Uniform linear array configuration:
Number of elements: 24
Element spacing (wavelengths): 0.5
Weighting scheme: hamming
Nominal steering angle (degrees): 0
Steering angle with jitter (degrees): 0.5898
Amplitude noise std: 0.05
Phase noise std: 0.05

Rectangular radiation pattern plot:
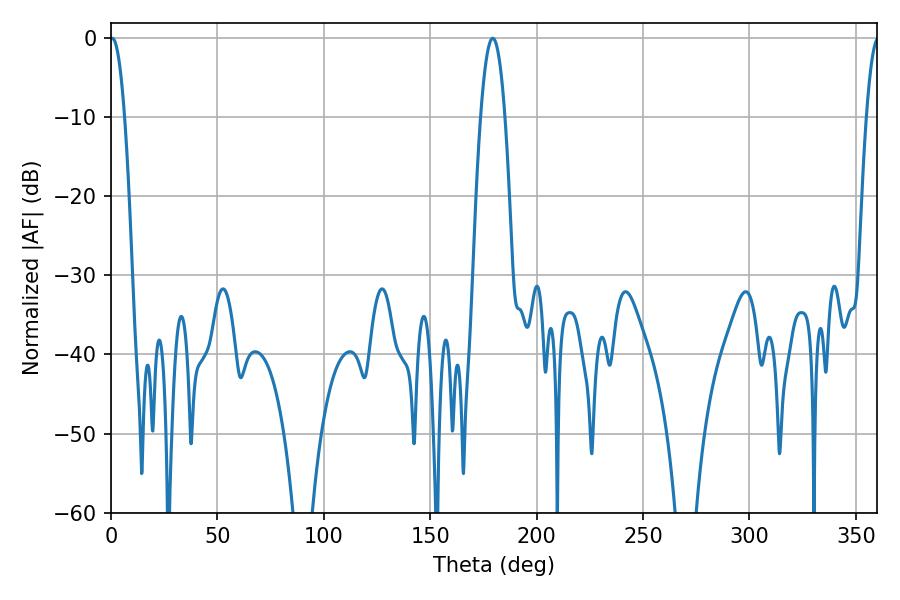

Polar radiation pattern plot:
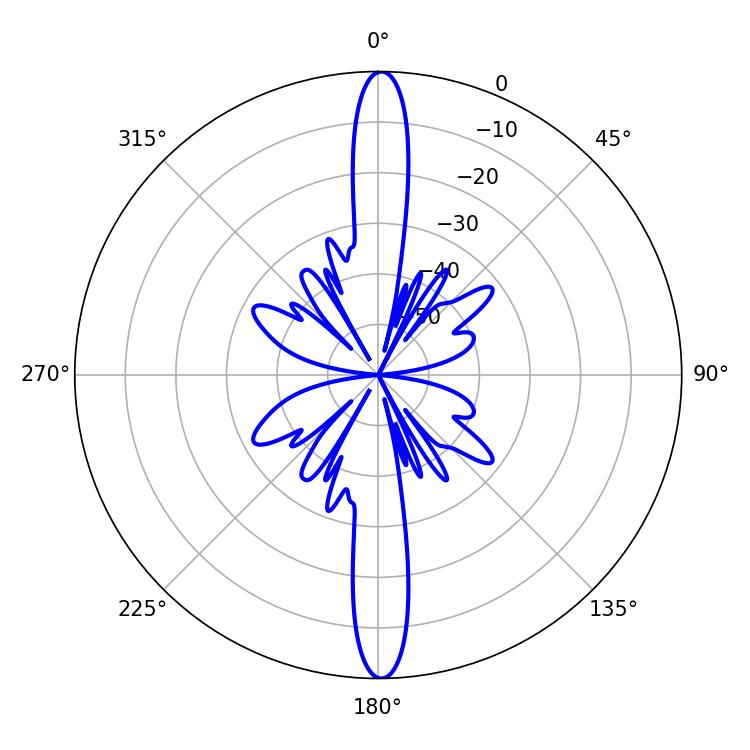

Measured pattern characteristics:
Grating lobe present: FALSE
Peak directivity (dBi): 29.075
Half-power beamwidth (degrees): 3.78
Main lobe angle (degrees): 0.54